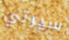
سيرتي